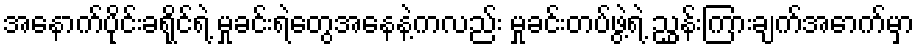
အနောက်ပိုင်းခရိုင်ရဲ့ မှုခင်းရဲတွေအနေနဲ့ကလည်း မှုခင်းတပ်ဖွဲ့ရဲ့ ညွှန်းကြားချက်အောက်မှာ